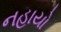
નહાયો